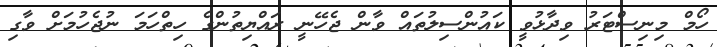
ހޯމް މިނިސްޓަރު ވިދާޅުވީ ކައުންސިލުތައް ވާން ޖެހޭނީ ރައްޔިތުންގެ ހިތްހަމަ ނުޖެހުމަށް ވާގި